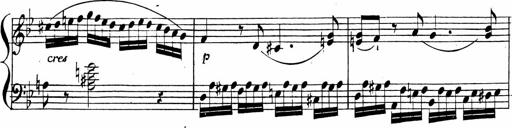
Title: 2 Piano Sonatinas
Composer: Ferdinand Ries